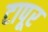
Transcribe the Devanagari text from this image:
टापूर